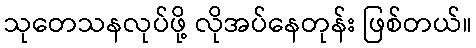
သုတေသနလုပ်ဖို့ လိုအပ်နေတုန်း ဖြစ်တယ်။